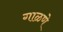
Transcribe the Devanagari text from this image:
गाळणे